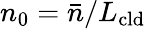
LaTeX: n_{0}=\bar{n}/L_{\mathrm{cld}}